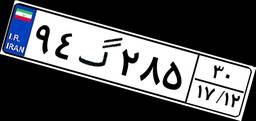
۹۴گ۲۸۵۳۰